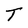
Character: T